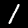
Label: 1